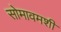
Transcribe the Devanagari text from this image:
सोमावमशी